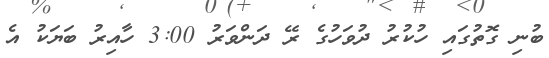
ބުނި ގޮތުގައި ހުކުރު ދުވަހުގެ ރޭ ދަންވަރު 3:00 ހާއިރު ބަޔަކު އެ